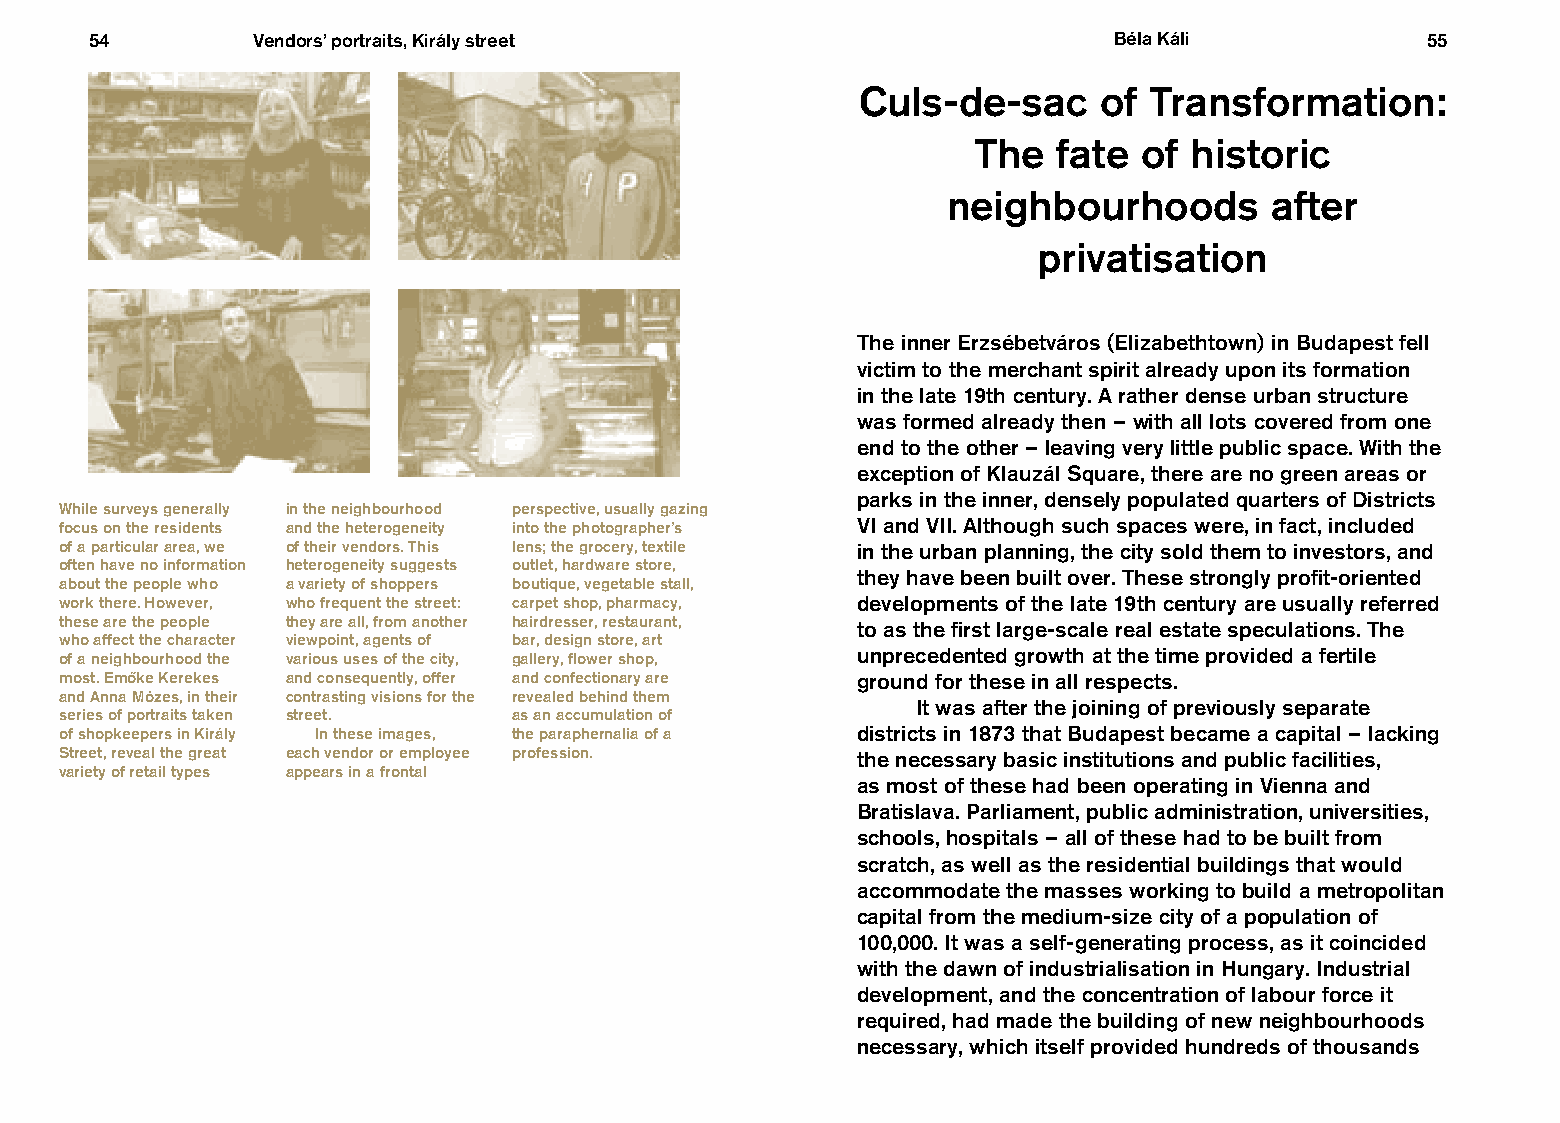
54         Vendors’ portraits, Király street                        Béla Káli           55
 Culs-de-sac     of Transformation:
 The   fate of  historic
 neighbourhoods       after
 privatisation
 The inner Erzsébetváros (Elizabethtown) in Budapest fell
 victim to the merchant spirit already upon its formation
 in the late 19th century. A rather dense urban structure
 was formed already then – with all lots covered from one
 end to the other – leaving very little public space. With the
 exception of Klauzál Square, there are no green areas or
 parks in the inner, densely populated quarters of Districts
 While surveys generally in the neighbourhood perspective, usually gazing
 focus on the residents and the heterogeneity into the photographer’s VI and VII. Although such spaces were, in fact, included
 of a particular area, we of their vendors. This lens; the grocery, textile in the urban planning, the city sold them to investors, and
 often have no information heterogeneity suggests outlet, hardware store,
 they have been built over. These strongly profit-oriented
 about the people who a variety of shoppers boutique, vegetable stall,
 work there. However, who frequent the street: carpet shop, pharmacy, developments of the late 19th century are usually referred
 these are the people they are all, from another hairdresser, restaurant, to as the first large-scale real estate speculations. The
 who affect the character viewpoint, agents of bar, design store, art
 of a neighbourhood the various uses of the city, gallery, flower shop, unprecedented growth at the time provided a fertile
 most. Emo˝ke Kerekes and consequently, offer and confectionary are ground for these in all respects.
 and Anna Mózes, in their contrasting visions for the revealed behind them
 It was after the joining of previously separate
 series of portraits taken street. as an accumulation of
 of shopkeepers in Király In these images, the paraphernalia of a districts in 1873 that Budapest became a capital – lacking
 Street, reveal the great each vendor or employee profession. the necessary basic institutions and public facilities,
 variety of retail types appears in a frontal
 as most of these had been operating in Vienna and
 Bratislava. Parliament, public administration, universities,
 schools, hospitals – all of these had to be built from
 scratch, as well as the residential buildings that would
 accommodate the masses working to build a metropolitan
 capital from the medium-size city of a population of
 100,000. It was a self-generating process, as it coincided
 with the dawn of industrialisation in Hungary. Industrial
 development, and the concentration of labour force it
 required, had made the building of new neighbourhoods
 necessary, which itself provided hundreds of thousands